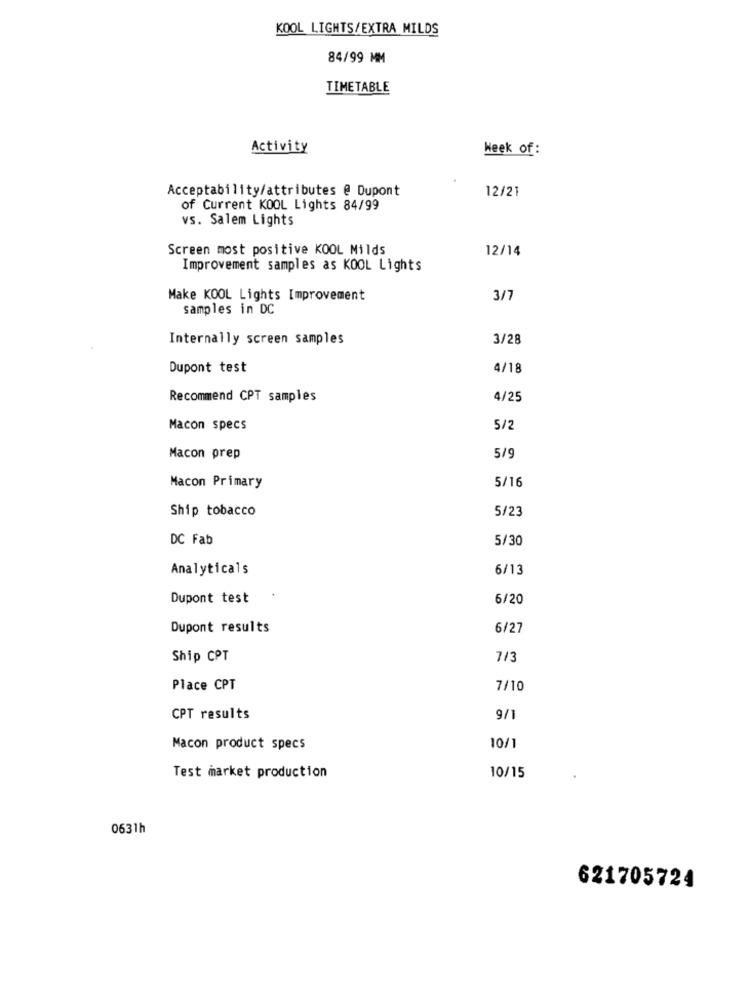
KOOL LIGHTS/EXTRA MILDS
84/99 MM
TIMETABLE
Activity
Week of:
Acceptability/attributes @ Dupont
12/21
of Current KOOL Lights 84/99
vs. Salem Lights
Screen most positive KOOL Milds
12/14
Improvement samples as KOOL Lights
Make KOOL Lights Improvement
3/7
samples in DC
Internally screen samples
3/28
Dupont test
4/18
Recommend CPT samples
4/25
Macon specs
5/2
Macon prep
5/9
5/16
Macon Primary
Ship tobacco
5/23
DC Fab
5/30
Analyticals
6/13
Dupont test
6/20
Dupont results
6/27
Ship CPT
7/3
Place CPT
7/10
CPT results
9/1
Macon product specs
10/1
Test market production
10/15
0631h
621705724